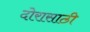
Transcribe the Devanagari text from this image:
दोरासाठी